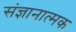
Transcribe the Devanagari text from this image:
संज्ञानात्‍मक